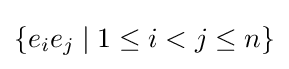
\{e_{i}e_{j}\mid 1\leq i<j\leq n\}